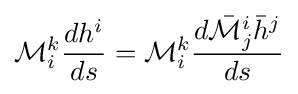
{\mathcal {M}}_{i}^{k}{dh^{i} \over ds}={\mathcal {M}}_{i}^{k}{d{\bar {\mathcal {M}}}_{j}^{i}{\bar {h}}^{j} \over ds}